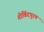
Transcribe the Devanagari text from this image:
गोविंदपुरम